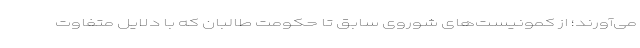
می‌آورند؛ از کمونیست‌های شوروی سابق تا حکومت طالبان که با دلایل متفاوت